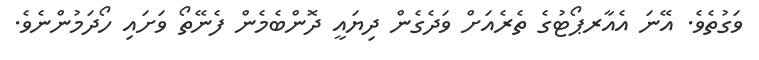
ވަގުތެވެ. އޭނަ އެއާރޕޯޓުގެ ތެރެއަށް ވަދެގެން ދިޔައީ ދޮންބެމެން ފެނޭތޯ ވަށައި ހޯދަމުންނެވެ.